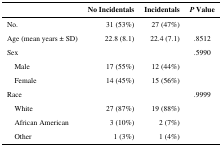
|  | No Incidentals | Incidentals | P Value |
 | --- | --- | --- | --- |
 | No. | 31 (53%) | 27 (47%) |  |
 | Age (mean years ± SD) | 22.8 (8.1) | 22.4 (7.1) | .8512 |
 | Sex |  |  | .5990 |
 | Male | 17 (55%) | 12 (44%) |  |
 | Female | 14 (45%) | 15 (56%) |  |
 | Race |  |  | .9999 |
 | White | 27 (87%) | 19 (88%) |  |
 | African American | 3 (10%) | 2 (7%) |  |
 | Other | 1 (3%) | 1 (4%) |  |